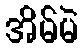
အိမ်မဲ